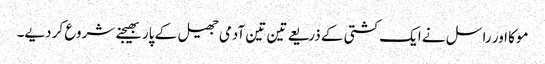
موکا اور راسل نے ایک کشتی کے ذریعے تین تین آدمی جھیل کے پار بھیجنے شروع کر دیے۔